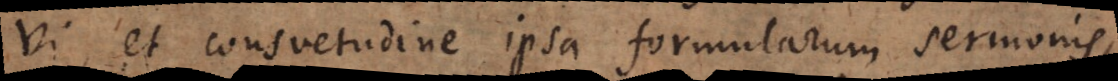
vi, et consuetudine ipsa formularum sermonis,